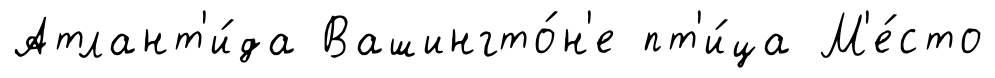
Атлант'и́да Вашингто́н'е пт'и́ца М'е́сто